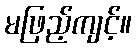
မဖြည့်ကျင့်။